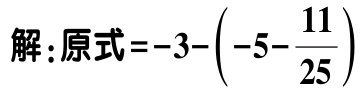
解：原式\(=-3-\left(-5 - \dfrac{11}{25}\right)\)